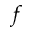
f